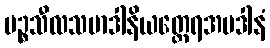
ပဉ္စသီလသမာဒါနိယတ္ထေရအပဒါနံ